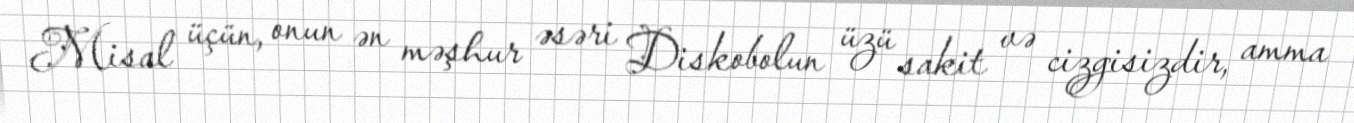
Misal üçün, onun ən məşhur əsəri Diskobolun üzü sakit və cizgisizdir, amma